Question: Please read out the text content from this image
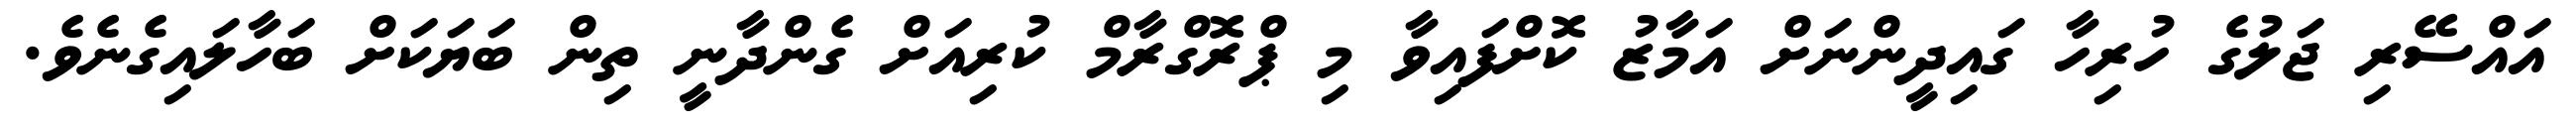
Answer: އައްސޭރި ޖަލުގެ ހުރިހާ ގައިދީންނަށް އަމާޒު ކޮށްފައިވާ މި ޕްރޮގްރާމް ކުރިއަށް ގެންދާނީ ތިން ބަޔަކަށް ބަހާލައިގެނެވެ.